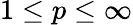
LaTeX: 1\le p\le\infty